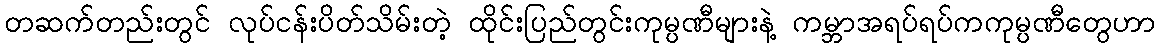
တဆက်တည်းတွင် လုပ်ငန်းပိတ်သိမ်းတဲ့ ထိုင်းပြည်တွင်းကုမ္ပဏီများနဲ့ ကမ္ဘာအရပ်ရပ်ကကုမ္ပဏီတွေဟာ